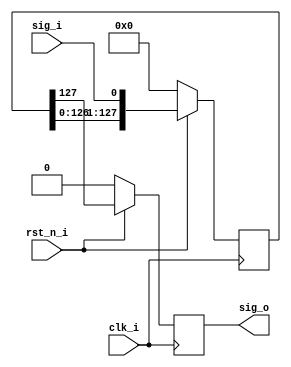
module delay
//----------- Parameters Declarations -------------------------------------------
#(
    parameter DELAY = 128
)
//----------- Ports Declarations -----------------------------------------------
(
    input       clk_i,
    input       rst_n_i,
    input       sig_i,
    output reg  sig_o
);
//------------------------------------------------------------------------------
//----------- Registers Declarations -------------------------------------------
//------------------------------------------------------------------------------
reg [DELAY-1:0] shift_reg;

//------------------------------------------------------------------------------
//----------- Assign/Always Blocks ---------------------------------------------
//------------------------------------------------------------------------------
always @(posedge clk_i)
begin
    if(rst_n_i == 0)
    begin
        shift_reg   <= 0;
        sig_o       <= 0;
    end
    else
    begin
        shift_reg   <= {shift_reg[DELAY-2:0], sig_i};
        sig_o       <= shift_reg[DELAY-1];
    end
end

endmodule